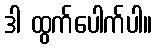
ဒါ ထွက်ပေါက်ပါ။